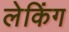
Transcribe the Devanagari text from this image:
लेकिंग